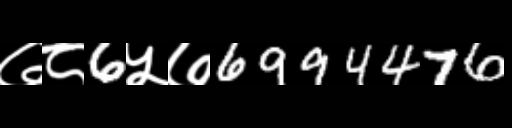
Text: ७८6५७6994476